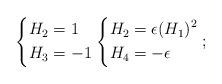
LaTeX: \begin{align*}\left\{\begin{alignedat}{2}H_2 &= 1\\H_3 &= -1\end{alignedat}\right.\left\{\begin{alignedat}{2}H_2 &= \epsilon (H_1)^2\\H_4 &= -\epsilon\end{alignedat}\right.;\end{align*}